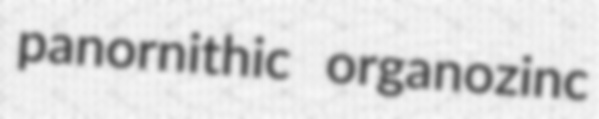
panornithic organozinc